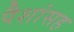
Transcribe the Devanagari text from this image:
पैशांसह